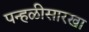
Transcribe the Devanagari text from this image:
पन्हळीसारखा